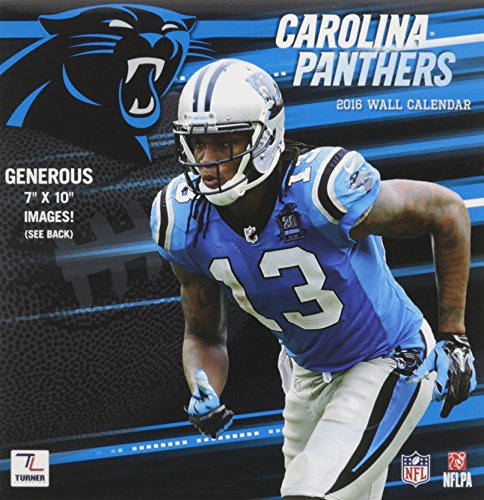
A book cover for Carolina Panthers 2016 Calendar; Calendars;